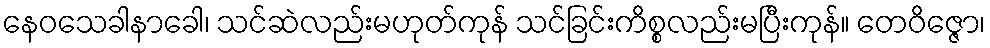
နေဝသေခါနာခေါ၊ သင်ဆဲလည်းမဟုတ်ကုန် သင်ခြင်းကိစ္စလည်းမပြီးကုန်။ တေဝိဇ္ဇော၊